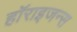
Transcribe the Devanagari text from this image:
हॉराइजन्स